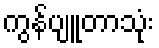
ကွန်ပျူတာသုံး